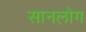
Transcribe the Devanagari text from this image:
सानलोग